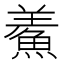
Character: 鮺